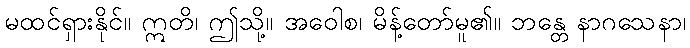
မထင်ရှားနိုင်။ ဣတိ၊ ဤသို့။ အဝေါစ၊ မိန့်တော်မူ၏။ ဘန္တေ နာဂသေနာ၊